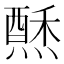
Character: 𱬑